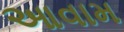
આવામ